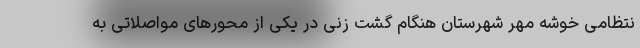
نتظامی خوشه مهر شهرستان هنگام گشت زنی در یکی از محورهای مواصلاتی به